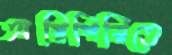
অগ্নিগিরিতে